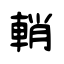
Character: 輎